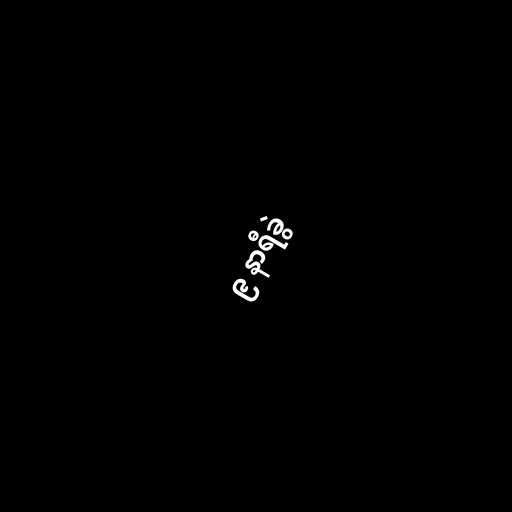
၉ နာရီခွဲ